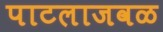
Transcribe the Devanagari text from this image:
पाटलाजवळ